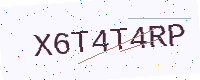
Text: X6T4T4RP